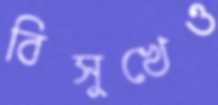
বিসুখেও